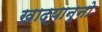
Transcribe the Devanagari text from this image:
खाद्यान्नो